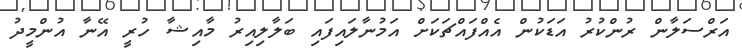
އަރްސަލާން ރުންކުރު އަޑަކުން އެއްފައްޗަކަށް އަމުނާލައިފައި ބަލާލިއިރު މާއިޝާ ހުރީ އޭނާ އުންމީދު